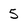
Character: 5